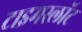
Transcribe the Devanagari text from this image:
टाइमस्लॉट